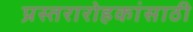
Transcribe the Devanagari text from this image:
प्रस्तरारोहकांसाठी